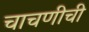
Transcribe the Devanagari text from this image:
चाचणीची